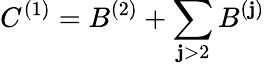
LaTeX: C^{(1)}=B^{(2)}+\sum_{\mathbf{j}>2}B^{(\mathbf{j})}